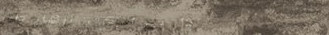
محل بيع الزهور: أزهار طاز